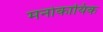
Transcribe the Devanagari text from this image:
मनोकायिक